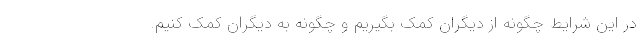
در این شرایط چگونه از دیگران کمک بگیریم و چگونه به دیگران کمک کنیم.